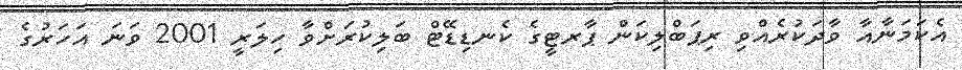
އެކަމަނާއާ ވާދަކުރެއްވި ރިޕަބްލިކަން ޕާރޓީގެ ކެނޑިޑޭޓް ބަލިކުރަށްވާ ހިލަރީ 2001 ވަނަ އަހަރުގެ